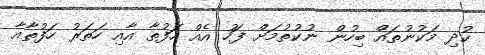
ކުދި މަކުނުތައް ބިހުން ނުކުތުމަށް ފަހު އެއް ހަފުތާ އާއި ހަތަރު ހަފުތާއާ